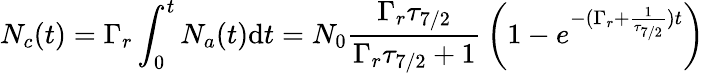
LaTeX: N_{c}(t)=\Gamma_{r}\int_{0}^{t}N_{a}(t)\mathrm{d}t=N_{0}{\frac{\Gamma_{r}\tau_{7/2}}{\Gamma_{r}\tau_{7/2}+1}}\left(1-e^{-(\Gamma_{r}+{\frac{1}{\tau_{7/2}}})t}\right)